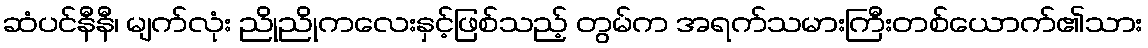
ဆံပင်နီနီ၊ မျက်လုံး ညိုညိုကလေးနှင့်ဖြစ်သည့် တွမ်က အရက်သမားကြီးတစ်ယောက်၏သား